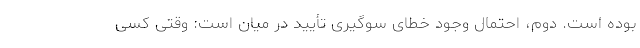
بوده است. دوم، احتمال وجود خطای سوگیری تأیید در میان است: وقتی کسی